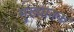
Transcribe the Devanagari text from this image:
मुख्यातक